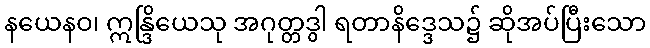
နယေနဝ၊ ဣန္ဒြိယေသု အဂုတ္တဒွါ ရတာနိဒ္ဒေသ၌ ဆိုအပ်ပြီးသော